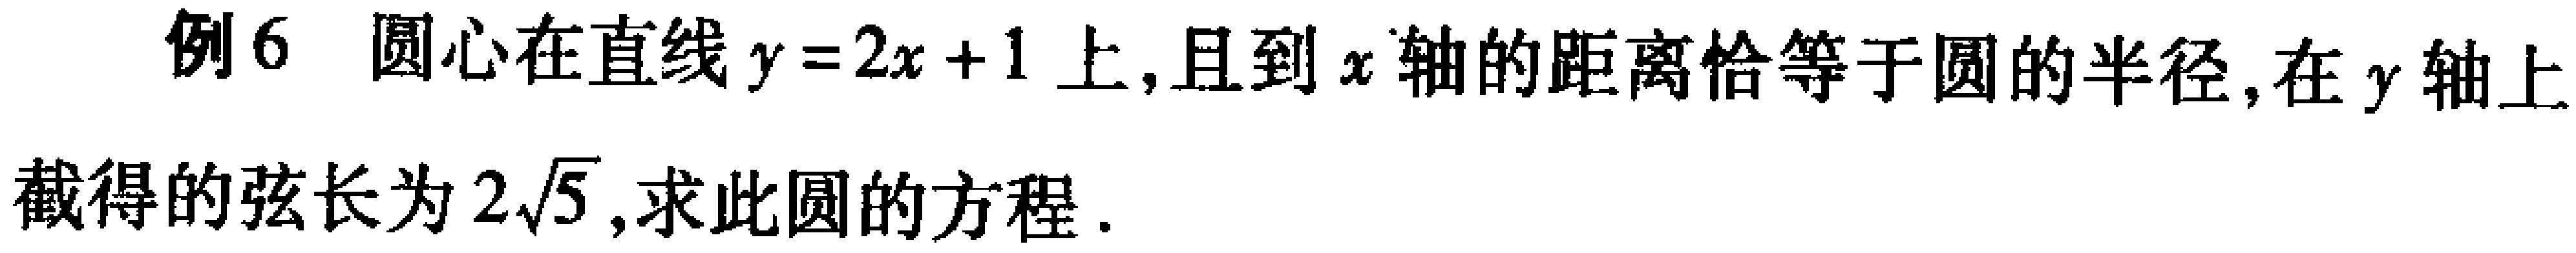
例6 圆心在直线\(y = 2x + 1\)上,且到\(x\)轴的距离恰等于圆的半径,在\(y\)轴上截得的弦长为\(2\sqrt{5}\),求此圆的方程.